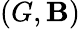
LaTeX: (G,\mathbf{B})